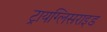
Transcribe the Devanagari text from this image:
ट्रायग्लिसराइड